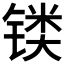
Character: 𲈐